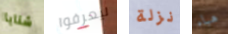
شنايا ليعرفوا نزلة هباء